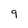
Character: 9